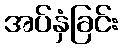
အပ်နှံခြင်း